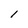
Character: l